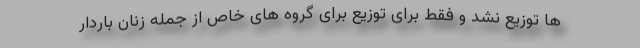
ها توزیع نشد و فقط برای توزیع برای گروه های خاص از جمله زنان باردار